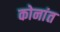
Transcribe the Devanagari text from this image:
कोनांत